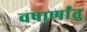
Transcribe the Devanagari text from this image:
वषार्णांतु